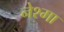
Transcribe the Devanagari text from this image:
नेश्मा